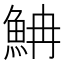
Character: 𩶎